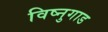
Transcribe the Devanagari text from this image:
विष्नुगाड